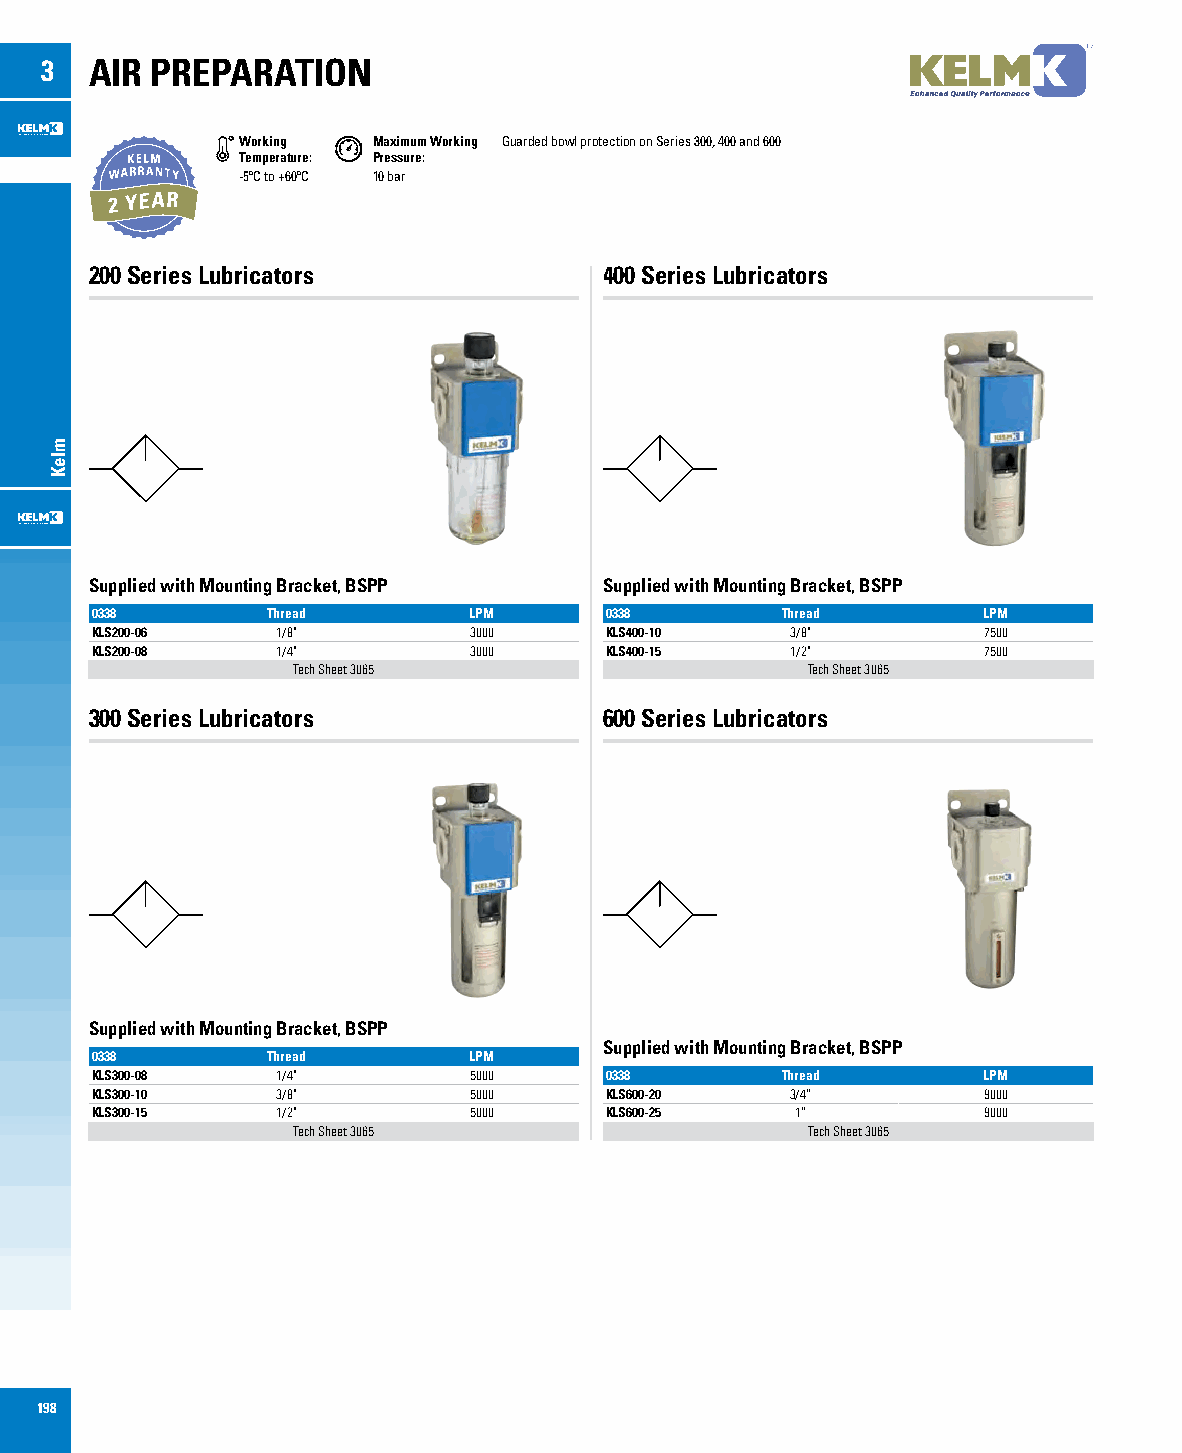
3  AIR PREPARATION
 Working  Maximum Working Guarded bowl protection on Series 300, 400 and 600
 Temperature: Pressure:
 -5ºC to +60ºC 10 bar
 200 Series Lubricators            400 Series Lubricators
 Supplied with Mounting Bracket, BSPP Supplied with Mounting Bracket, BSPP
 0338        Thread       LPM      0338        Thread       LPM
 KLS200-06   1/8"         3000     KLS400-10   3/8"         7500
 KLS200-08   1/4"         3000     KLS400-15   1/2"         7500
 Tech Sheet 3065                   Tech Sheet 3065
 300 Series Lubricators            600 Series Lubricators
 Supplied with Mounting Bracket, BSPP
 Supplied with Mounting Bracket, BSPP
 0338        Thread       LPM
 KLS300-08   1/4"         5000     0338        Thread       LPM
 KLS300-10   3/8"         5000     KLS600-20   3/4”         9000
 KLS300-15   1/2"         5000     KLS600-25    1”          9000
 Tech Sheet 3065                   Tech Sheet 3065
 198
 mleK